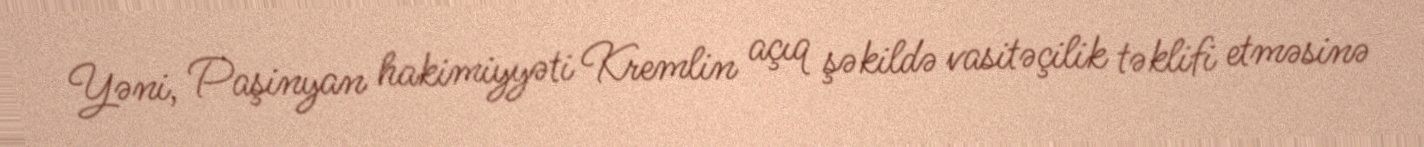
Yəni, Paşinyan hakimiyyəti Kremlin açıq şəkildə vasitəçilik təklifi etməsinə